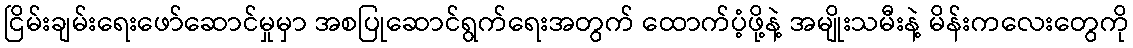
ငြိမ်းချမ်းရေးဖော်ဆောင်မှုမှာ အစပြုဆောင်ရွက်ရေးအတွက် ထောက်ပံ့ဖို့နဲ့ အမျိုးသမီးနဲ့ မိန်းကလေးတွေကို